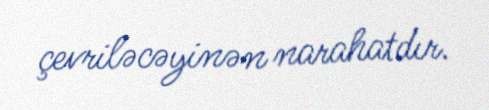
çevriləcəyinən narahatdır.